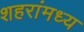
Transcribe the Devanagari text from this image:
शहरांमध्य